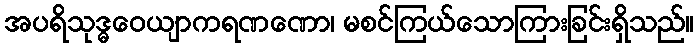
အပရိသုဒ္ဓဝေယျာကရဏဏော၊ မစင်ကြယ်သောကြားခြင်းရှိသည်။